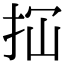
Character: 𢫏